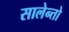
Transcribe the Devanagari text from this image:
सालेन्तो